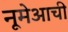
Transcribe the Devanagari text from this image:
नूमेआची